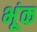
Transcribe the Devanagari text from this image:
भूंक